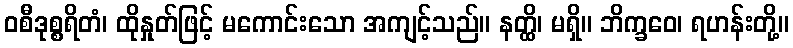
ဝစီဒုစ္စရိတံ၊ ထိုနှုတ်ဖြင့် မကောင်းသော အကျင့်သည်။ နတ္ထိ၊ မရှိ။ ဘိက္ခဝေ၊ ရဟန်းတို့။